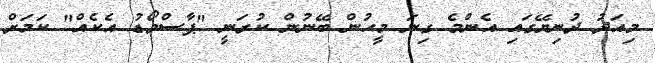
މިއަދު ދުނިޔޭގައި އެންމެ ގިނަ މީހުން ބޭނުން ކުރަނީ "ޕާސްވޯޑު އެކެއް" ކަމަށް